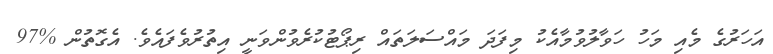
އަހަރުގެ މެއި މަހު ހަވާލުވުމާއެކު މިފަދަ މައްސަލަތައް ރިޕޯޓުކުރެވުންވަނީ އިތުރުވެފައެވެ. އެގޮތުން %97